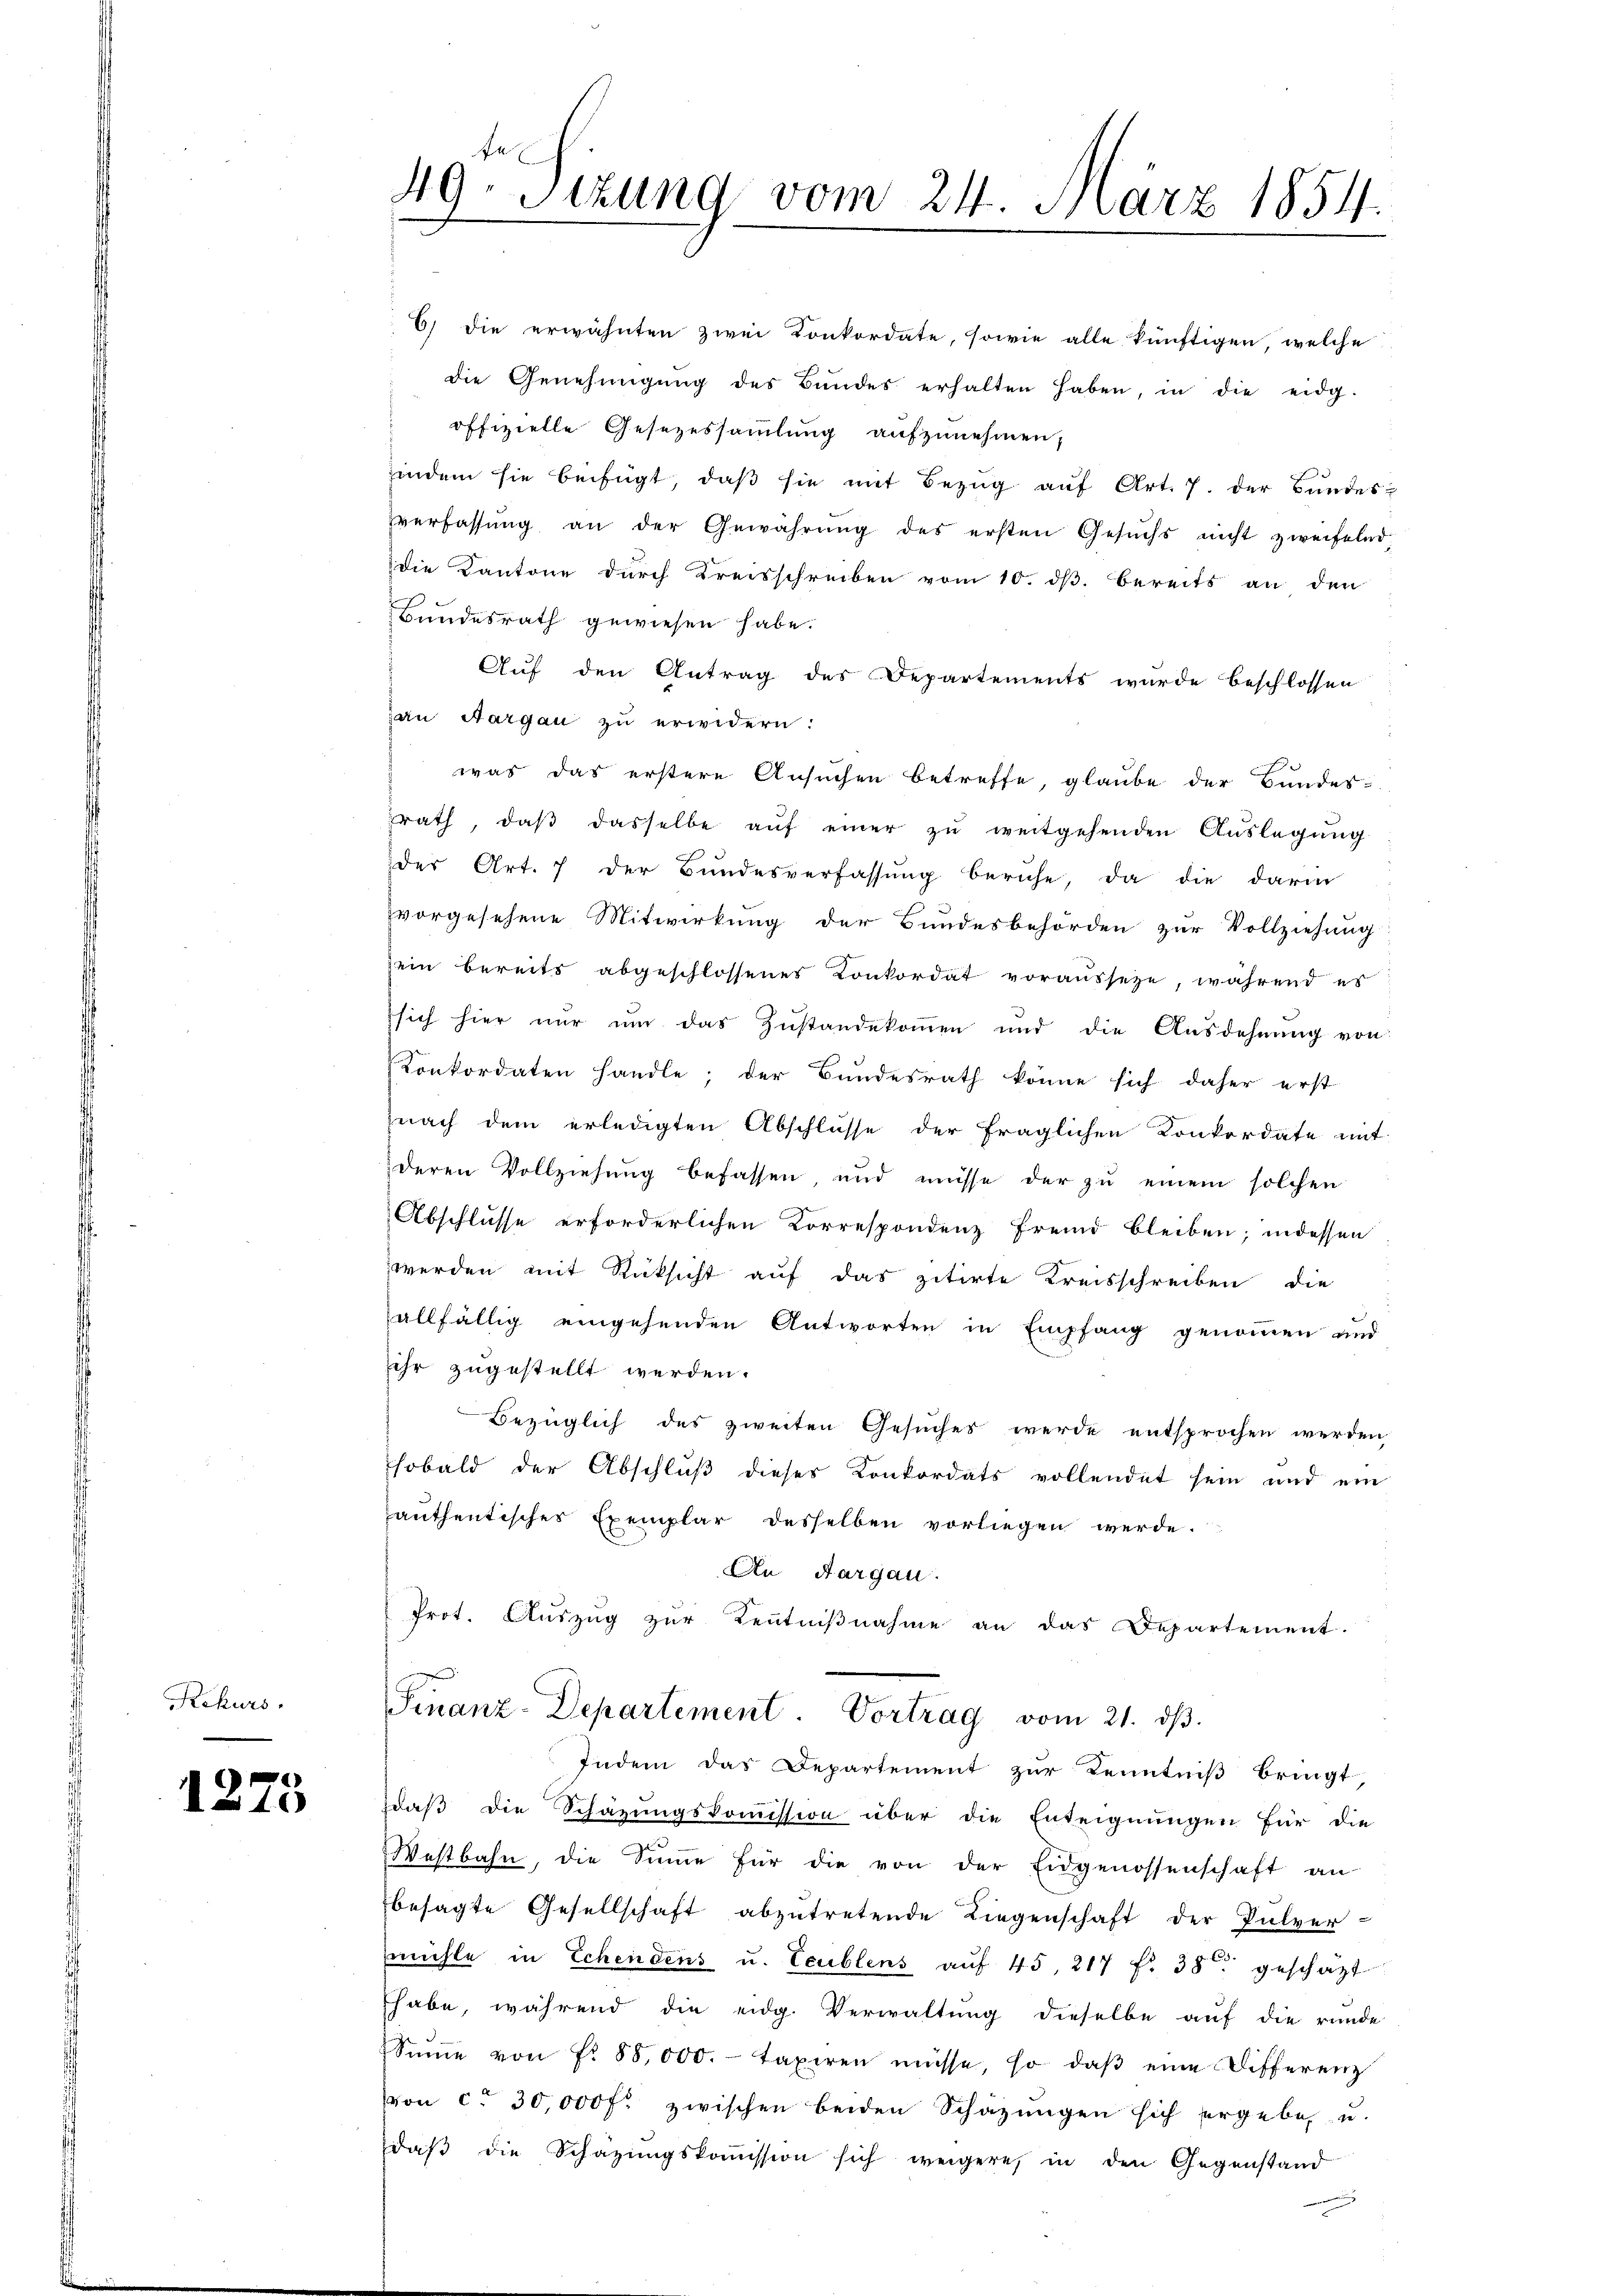
Rekurs

1275

6) die erwähnten zwei Konkordate, sowie alle künftigen, welche
die Genehmigŭng des Bundes erhalten haben, in die eidg.
offizielle Gesetzessammlung aufzunehmen,
indem sie beifügt, daβ sie mit Bezug auf Art. 7. der Bundes-
verfassŭng an der Gewährŭng des ersten Gesŭchs nicht zweifelnd,
die Kantone durch Kreisschreiben vom 10. ds. bereits an den
Bundesrath gewiesen habe.
Auf den Antrag des Departements wurde beschlossen
jan Aargau zu erwidern:
was das erstere Ansuchen betreffe, glaube der Bundes-
rath, daβ dasselbe aŭf einer zŭ weitgehenden Auslegung
der Art. 7 der Bundesverfassung beruhe, da die darin
vorgesehene Mitwirkung der Bundesbehörden zur Vollziehung
sein bereits abgeschlossenes Konkordat vorausseze, während es
sich hier nur um das Zustandekommen und die Ausdehnung von
Konkordaten handle; der Bŭndesrath könne sich daher erst
nach dem erledigten Abschlusse der fraglichen Konkordate mit
deren Vollziehung befassen, und müsse der zu einem solchen
Abschlusse erforderlichen Korrespondenz fremd bleiben; indessen
werden mit Rücksicht auf das zitirte Kreisschreiben die
allfällig eingehenden Antworten in Empfang genommen und
ihr zugestellt werden.
Bezüglich des zweiten Gesuches werde entsprochen werden,
sobald der Abschluß dieses Konkordats vollendet sein und ein
authentisches Exemplar desselben vorliegen werde.
An Aargau.
Prot. Auszug zur Kenntniβnahme an das Departement.
Finanz-Departement. Vortrag vom 21. dβ.
Indem das Departement zur Kenntniß bringt
daß die Schazungskommission über die Enteignungen für die
Westbahn, die Sŭṁe für die von der Eidgenossenschaft an
besagte Gesellschaft abzutretende Liegenschaft der Pulver-
mühle in Echendens u. Teublens auf 45, 217 f. 38 geschäzt
thabe, während die eidg. Verwaltung dieselbe auf die runde
Siṅe von Fr. 88,000.- taxiren müsse, so daβ eine Differenz
von ca 30,000 f. zwischen beiden Schäzŭngen sich ergebe, u.
daβ die Schazŭngskoṁission sich weigere, in den Gegenstand

49. Sizung vom 24. März 1854.